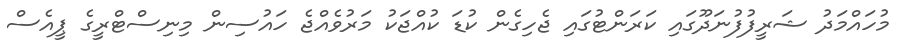
މުހައްމަދު ޝަރީފުފުނަދޫގައި ކަރަންޓުގައި ޖެހިގެން ކުޑަ ކުއްޖަކު މަރުވެއްޖެ ހައުސިން މިނިސްޓްރީގެ ޕީއެސް